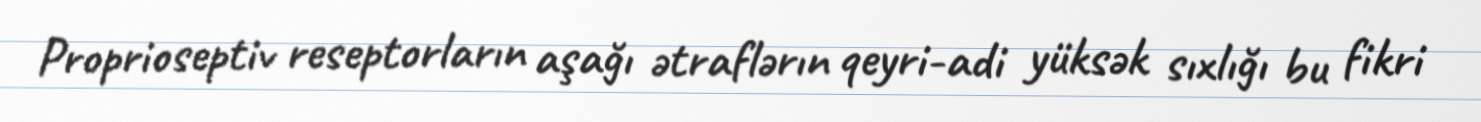
Proprioseptiv reseptorların aşağı ətraflərın qeyri-adi yüksək sıxlığı bu fikri